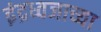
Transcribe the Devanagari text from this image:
इंद्रध्वजाच्या